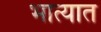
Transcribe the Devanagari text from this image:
भात्यात